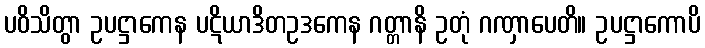
ပဝိသိတွာ ဥပဋ္ဌာကေန ပဋိယာဒိတဥဒကေန ဂတ္တာနိ ဥတုံ ဂဏှာပေတိ။ ဥပဋ္ဌာကောပိ